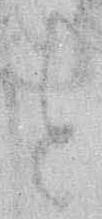
と